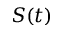
S ( t )